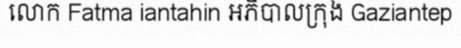
លោក Fatma iantahin អភិបាលក្រុង Gaziantep